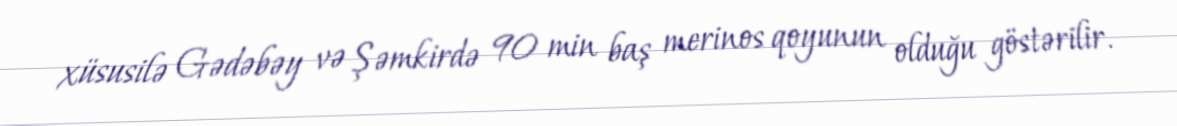
xüsusilə Gədəbəy və Şəmkirdə 90 min baş merinos qoyunun olduğu göstərilir.